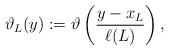
LaTeX: \begin{align*}\vartheta_L (y):= \vartheta \left(\frac{y-x_L}{\ell (L)}\right),\end{align*}